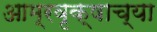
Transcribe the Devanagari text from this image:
आम्रवृक्षाच्या